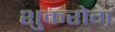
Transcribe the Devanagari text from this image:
शुकरोग